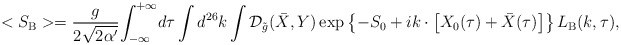
\begin{align*}<{S_{\mbox{\scriptsize B}}}>={g\over{2\sqrt{2\alpha'}}}{\int_{-\infty}^{+\infty}}d\tau\int{d^{26}}k\int{\mathcal{D}_{\tilde{g}}}(\bar{X},Y)\exp\left\{-{S_0}+ik\cdot\left[{X_0}(\tau)+\bar{X}(\tau)\right]\right\}{L_{\mbox{\scriptsize B}}}(k,\tau),\end{align*}